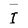
Character: I